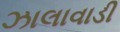
ઝાલાવાડી